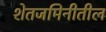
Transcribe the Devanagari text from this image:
शेतजमिनीतील